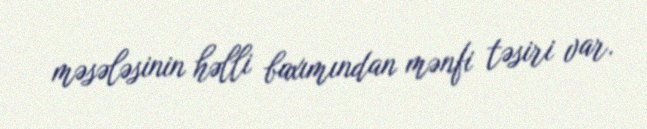
məsələsinin həlli baxımından mənfi təsiri var.